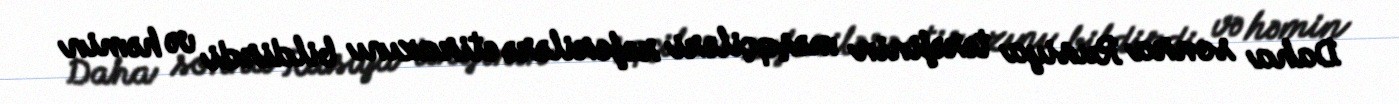
Daha sonra Rusiya tərəfinin məşqçiləri referilərə etirazını bildirdi və həmin